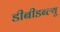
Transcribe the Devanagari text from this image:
डीबीडब्ल्यू